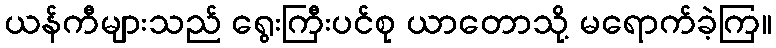
ယန်ကီများသည် ရွေးကြီးပင်စု ယာတောသို့ မရောက်ခဲ့ကြ။